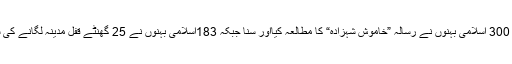
یوم قفل ِ مدینہ میں 300 اسلامی بہنوں نے رسالہ ”خاموش شہزادہ“ کا مطالعہ کیااور سنا جبکہ 183اسلامی بہنوں نے 25 گھنٹے قفل مدینہ لگانے کی سعادت حاصل کی۔